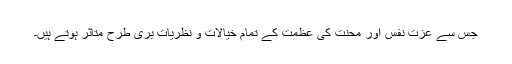
جس سے عزت نفس اور محنت کی عظمت کے تمام خیالات و نظریات بری طرح متاثر ہوتے ہیں۔